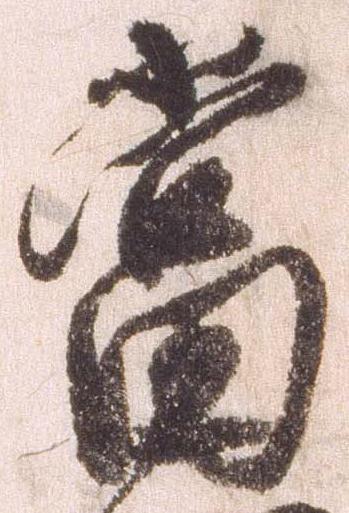
当